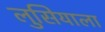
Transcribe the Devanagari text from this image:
लुसियाला